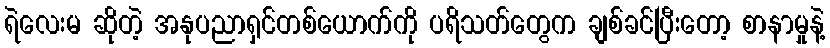
ရဲလေးမ ဆိုတဲ့ အနုပညာရှင်တစ်ယောက်ကို ပရိသတ်တွေက ချစ်ခင်ပြီးတော့ စာနာမှုနဲ့